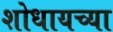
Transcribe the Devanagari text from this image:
शोधायच्या